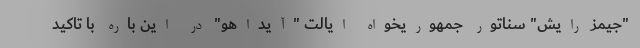
"جیمز رایش" سناتور جمهوریخواه ایالت "آیداهو" در این باره با تاکید